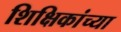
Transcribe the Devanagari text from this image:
शिक्षिकांच्या